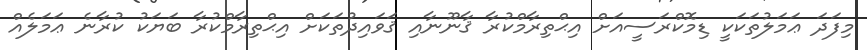
މިފަދަ ޢަމަލުތަކަކީ ޑިމޮކްރަސީއަށް އިޙްތިރާމްކުރާ ޤާނޫނާއި ޤަވައިދުތަކަށް އިޙްތިރާމްކުރާ ބަޔަކު ކުރާނެ ޢަމަލެއް